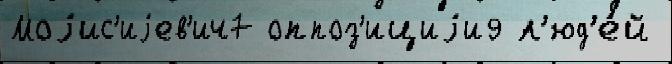
Моjис'иjев'ич7 оппоз'ициjи9 л'юд'е́й